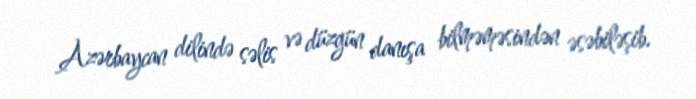
Azərbaycan dilində səlis və düzgün danışa bilməməsindən əsəbiləşib.